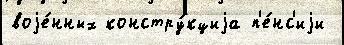
воjе́нных констру́кциjа п'е́нс'иjи